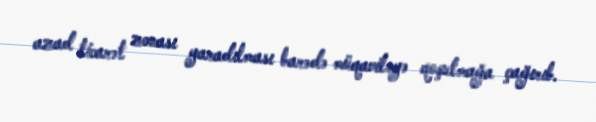
azad ticarət zonası yaradılması barədə müqaviləyə qoşulmağa çağırıb.